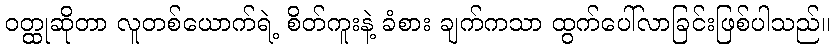
ဝတ္ထုဆိုတာ လူတစ်ယောက်ရဲ့ စိတ်ကူးနဲ့ ခံစား ချက်ကသာ ထွက်ပေါ်လာခြင်းဖြစ်ပါသည်။